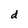
Character: d